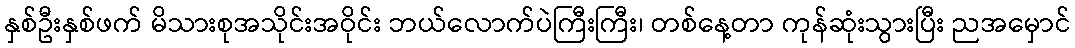
နှစ်ဦးနှစ်ဖက် မိသားစုအသိုင်းအဝိုင်း ဘယ်လောက်ပဲကြီးကြီး၊ တစ်နေ့တာ ကုန်ဆုံးသွားပြီး ညအမှောင်